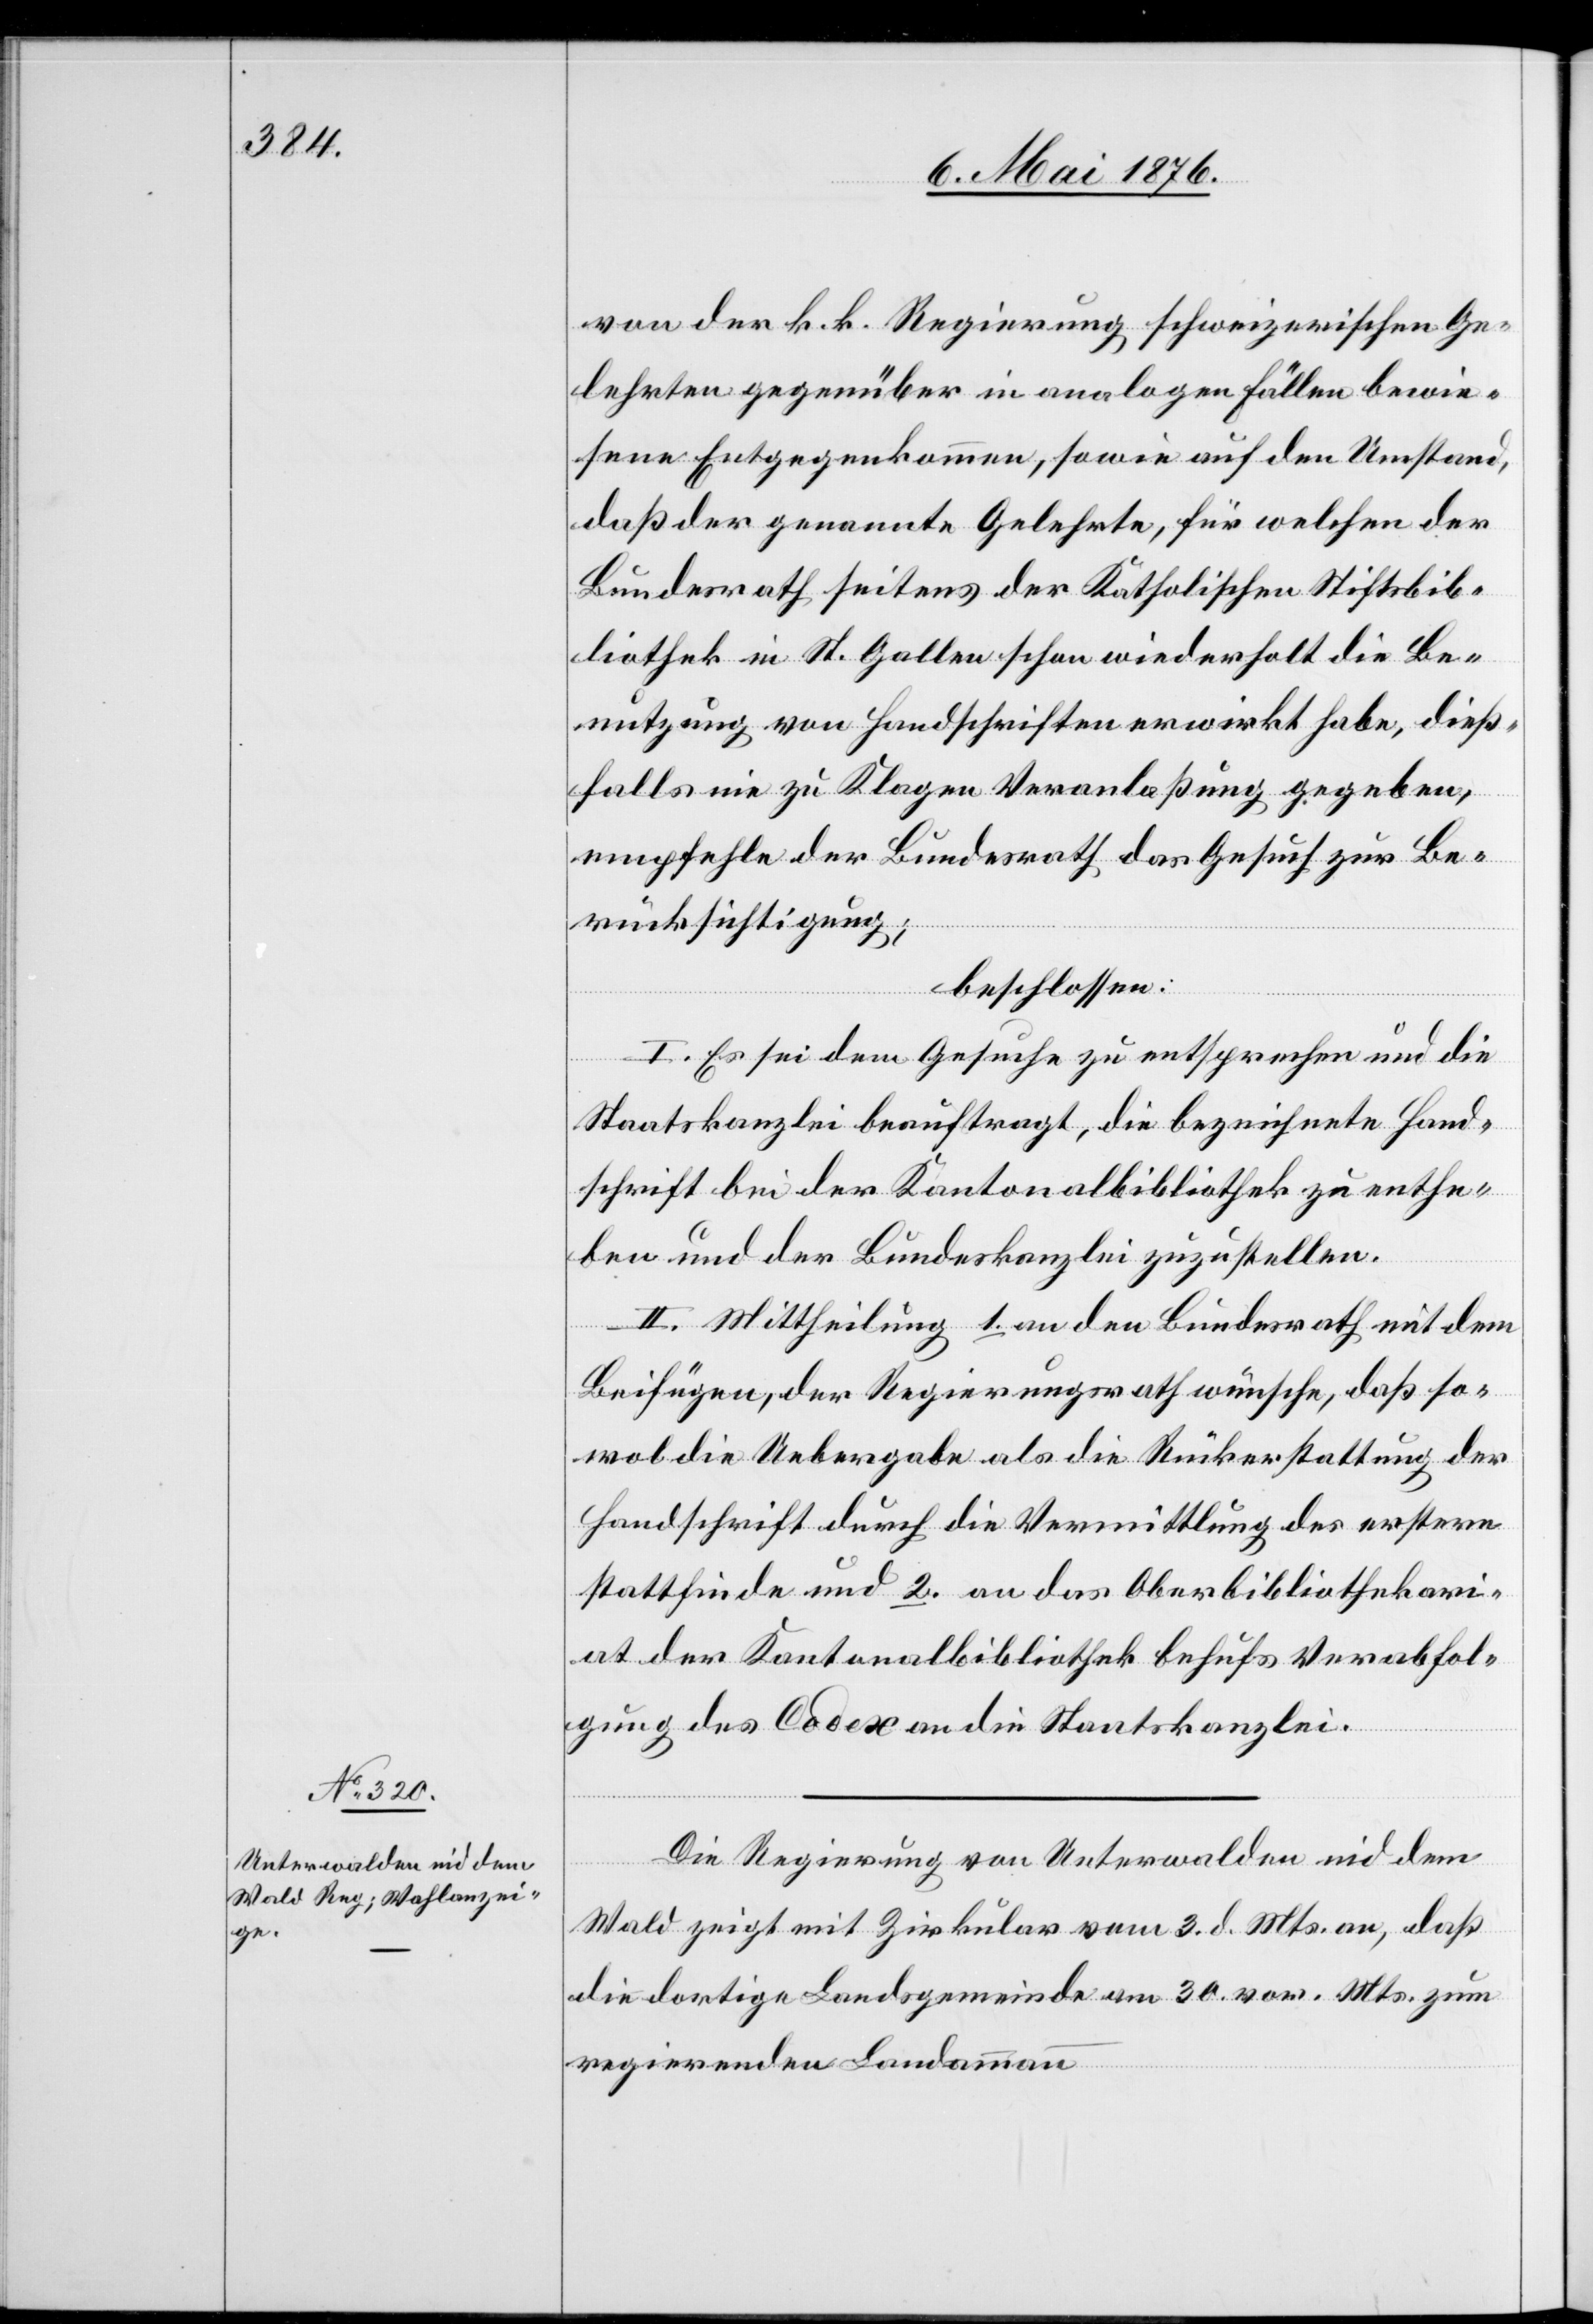
von der k. k. Regierung schweizerischen Ge¬
lehrten gegenüber in analogen Fällen bewie¬
sene Entgegenkommen, sowie auf den Umstand,
daß der genannte Gelehrte, für welchen der
Bundesrath seitens der Katholischen Stiftsbib¬
liothek in St. Gallen schon wiederholt die Be¬
nutzung von Handschriften erwirkt habe, dieß¬
falls nie zu Klagen Veranlaßung gegeben,
empfehle der Bundesrath das Gesuch zu Be¬
rücksichtigung;
beschlossen:
I. Es sei dem Gesuche zu entsprechen und die
Staatskanzlei beauftragt, die bezeichnete Hand¬
schrift bei der Kantonalbibliothek zu enthe¬
ben und der Bundeskanzlei zuzustellen.
II. Mittheilung 1. an den Bundesrath mit dem
Beifügen, der Regierungsrath wünsche, daß so¬
wol die Uebergabe als die Rückerstattung der
Handschrift durch die Vermittlung des erstern
stattfinde und 2. an das Oberbibliothekari¬
at der Kantonalbibliothek behufs Verabfol¬
gung des Codex an die Staatskanzlei.
Die Regierung von Unterwalden nid dem
Wald zeigt mit Zirkular vom 3. d. Mts. an, daß
die dortige Landsgemeinde am 30. vor. Mts. zum
regierenden Landammann